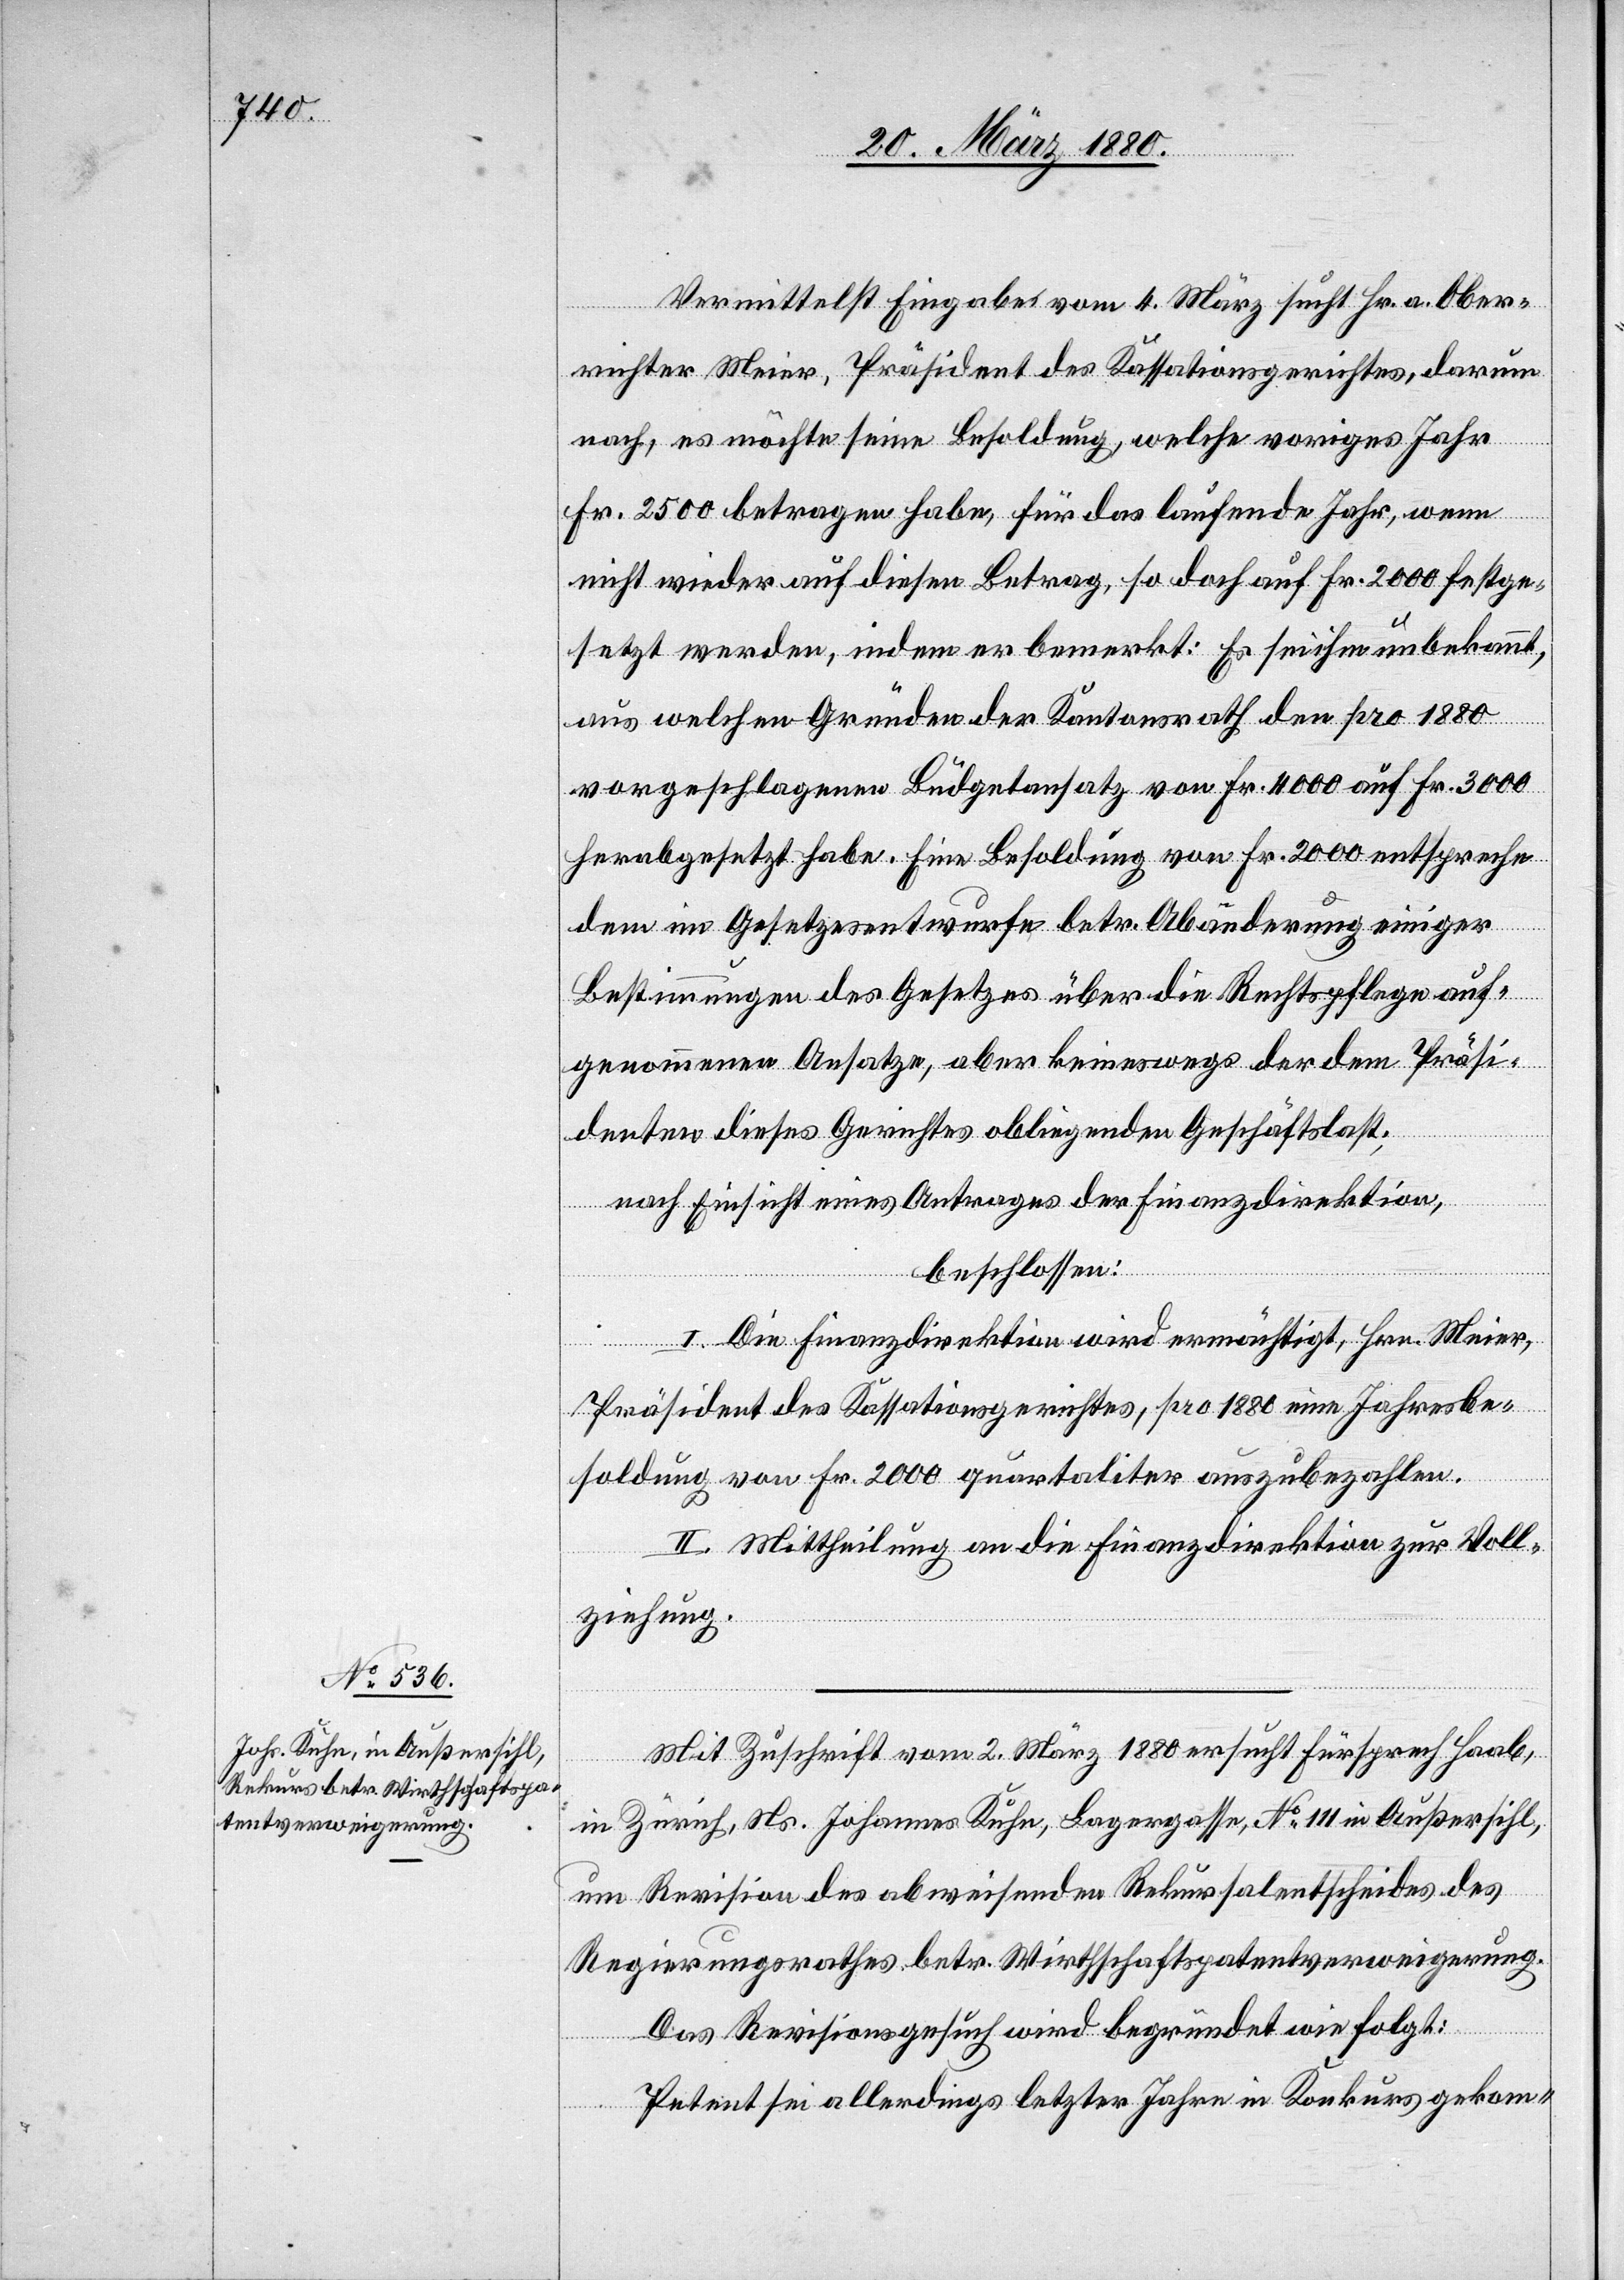
Vermittelst Eingabe vom 4. März sucht Hr. a. Ober¬
richter Meier, Präsident des Kassationsgerichtes, darum
nach, es möchte seine Besoldung, welche voriges Jahr
Fr. 2500 betragen habe, für das laufende Jahr, wenn
nicht wieder auf diesen Betrag, so doch auf Fr. 2000 festge¬
setzt werden, indem er bemerkt: Es sei ihm unbekannt,
aus welchen Gründen der Kantonsrath den pro 1880
vorgeschlagenen Büdgetansatz von Fr. 4000 auf Fr. 3000
herabgesetzt habe. Eine Besoldung von Fr. 2000 entspreche
dem im Gesetzesentwurfe betr. Abänderung einiger
Bestimmungen des Gesetzes über die Rechtspflege auf¬
genommenen Ansatze, aber keineswegs der dem Präsi¬
denten dieses Gerichtes obliegenden Geschäftslast;
nach Einsicht eines Antrages der Finanzdirektion,
beschlossen:
I. Die Finanzdirektion wird ermächtigt, Hrn. Meier,
Präsident des Kassationsgerichtes, pro 1880 eine Jahresbe¬
soldung von Fr. 2000 quartaliter auszubezahlen.
II. Mittheilung an die Finanzdirektion zur Voll¬
ziehung.
Mit Zuschrift vom 2. März 1880 ersucht Fürsprech Haab,
in Zürich, Ns. Johannes Kuhn, Lagergasse, No 111 in Außersihl,
um Revision des abweichenden Rekursalentscheides des
Regierungsrathes betr. Wirthschaftspatentverweigerung.
Das Revisionsgesuch wird begründet wie folgt:
Petent sei allerdings letzter Jahre in Konkurs gekom-